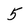
Character: 5